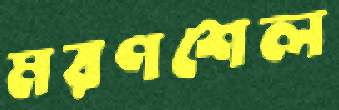
মরণশেল